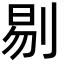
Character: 剔